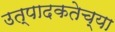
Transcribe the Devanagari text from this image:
उत्पादकतेच्या